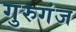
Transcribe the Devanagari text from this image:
गुरुगंज